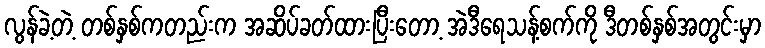
လွန်ခဲ့တဲ့ တစ်နှစ်ကတည်းက အဆိပ်ခတ်ထားပြီးတော့ အဲဒီရေသန့်စက်ကို ဒီတစ်နှစ်အတွင်းမှာ